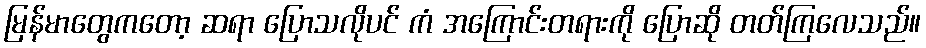
မြန်မာတွေကတော့ ဆရာ ပြောသလိုပင် ကံ အကြောင်းတရားကို ပြောဆို တတ်ကြလေသည်။